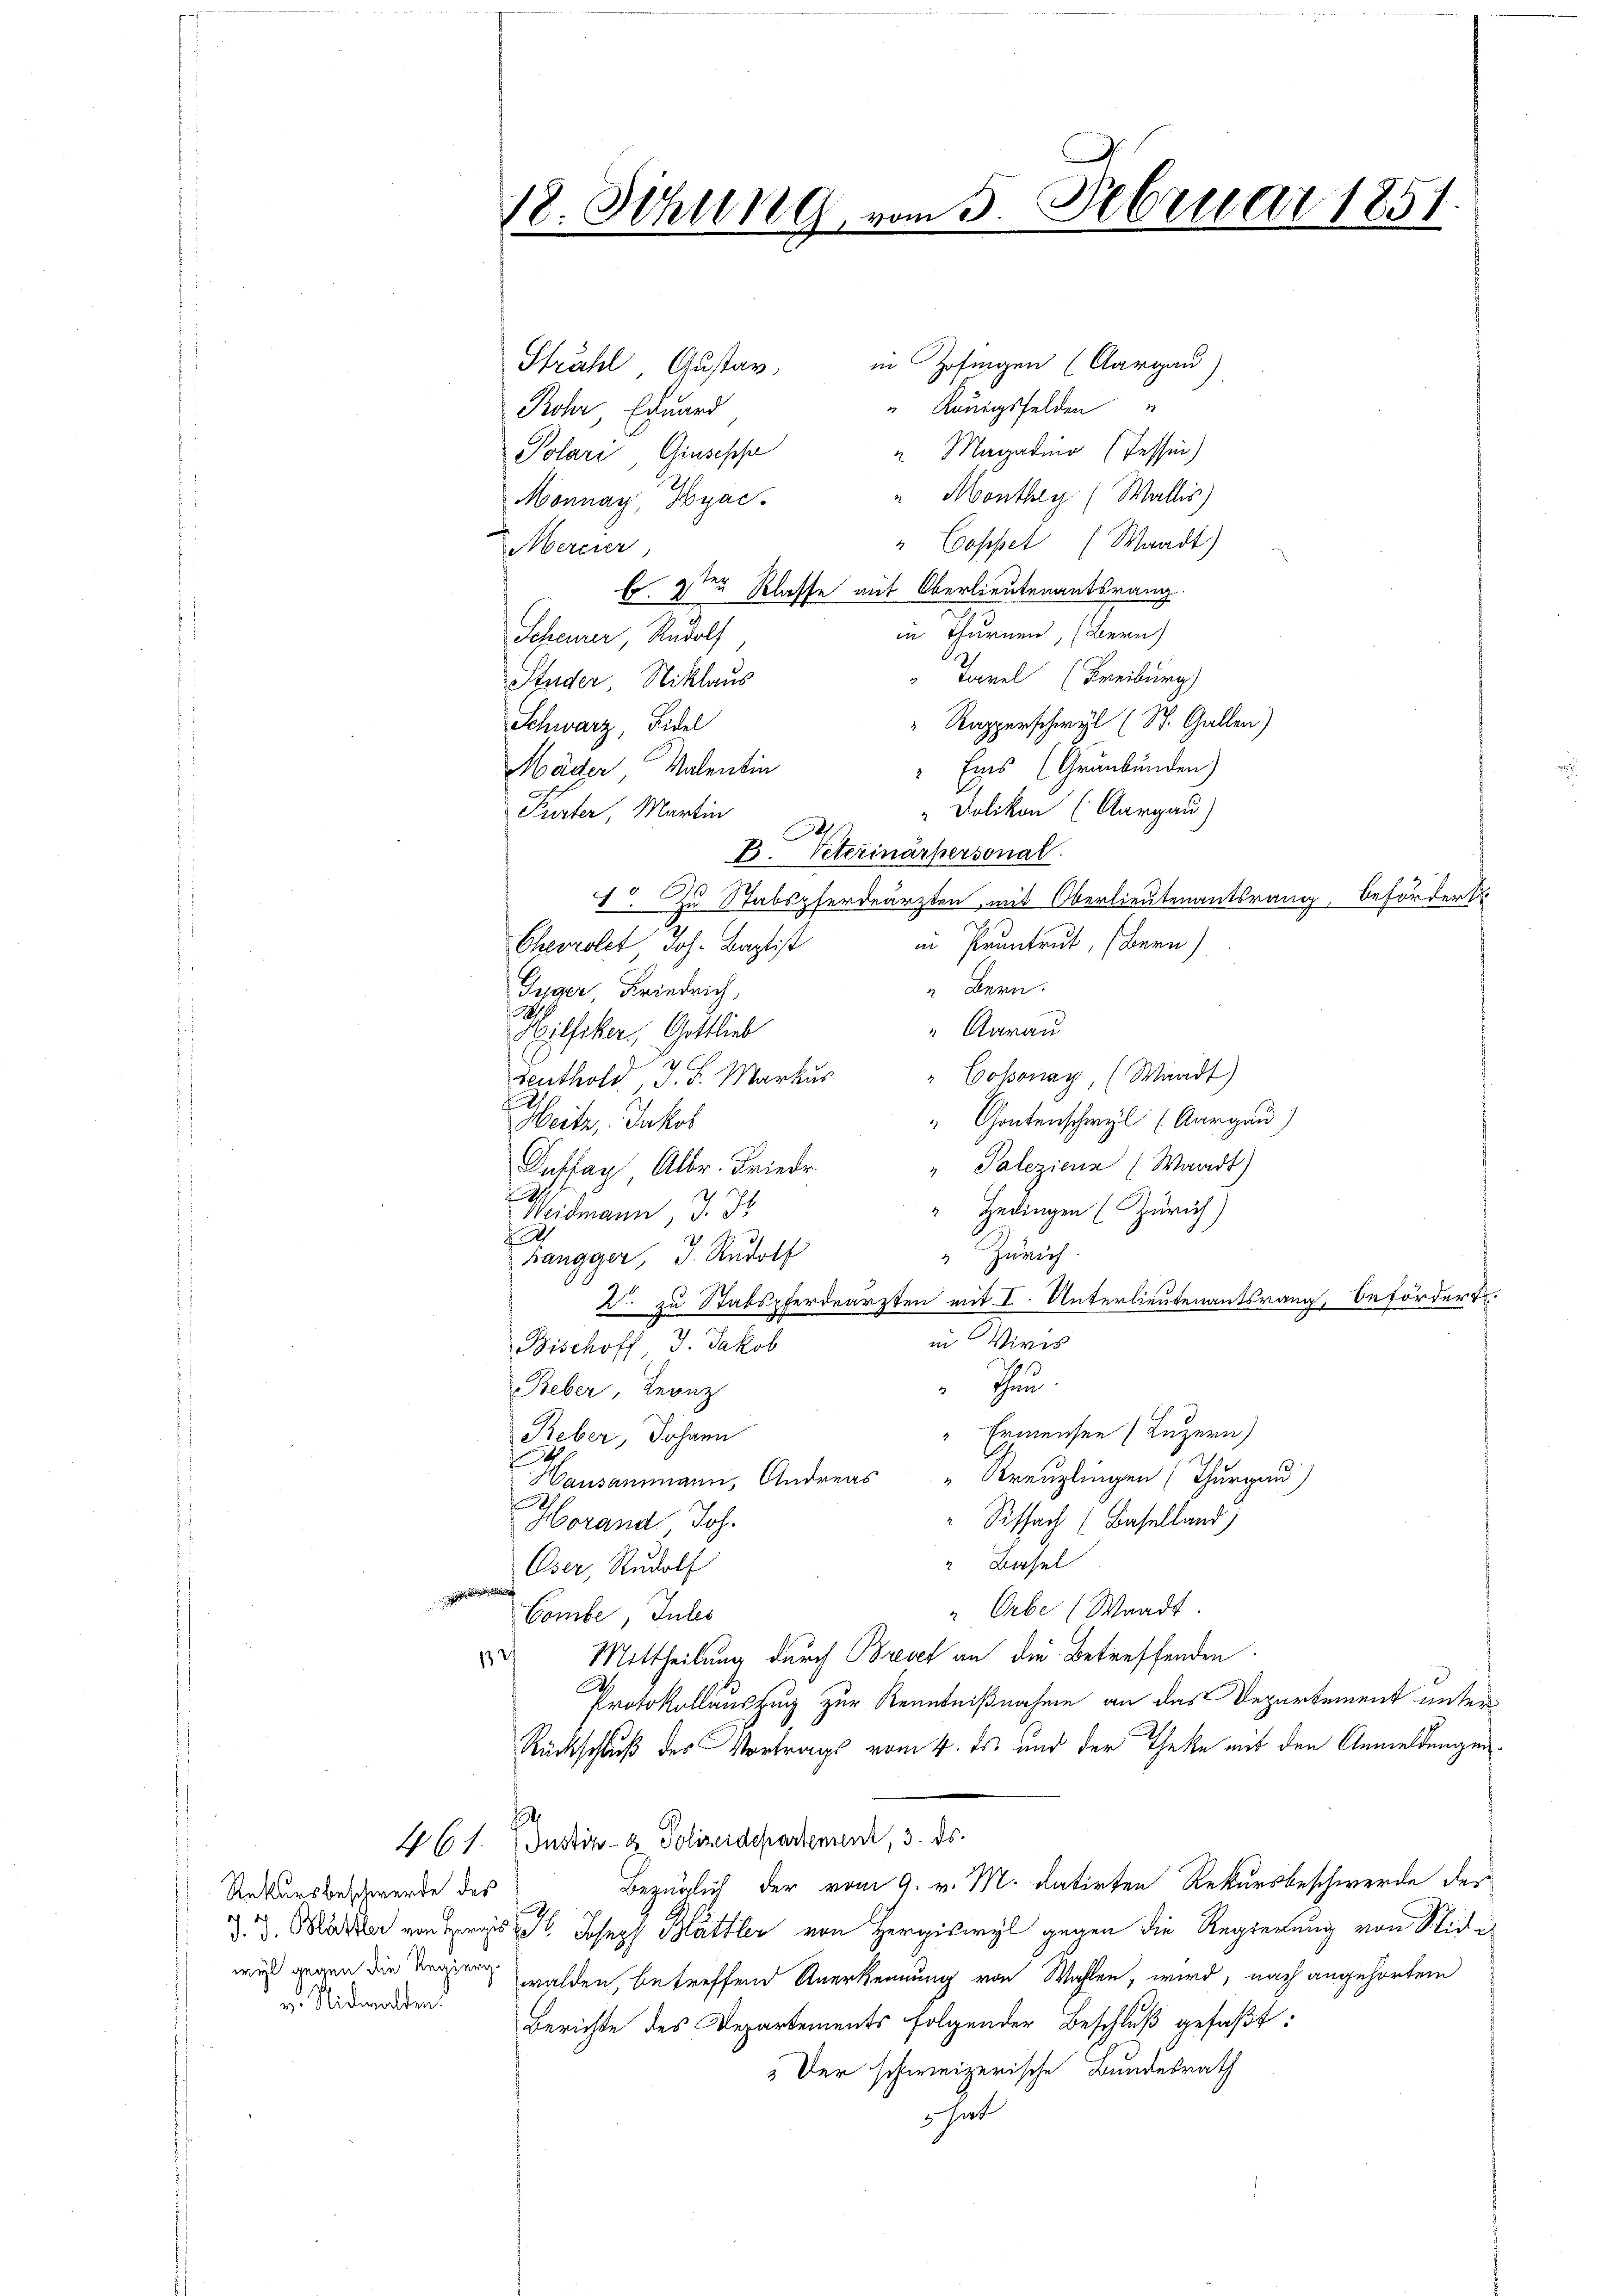
Rekursbeschwerde des
v. Nidwaldend

18. Sitzung vom 5. Februar 1851.
.

in Zofingen (Aargau)
Strahl Gustav,
" Königsfelden
Rohr, Eduard
" Magadino (Tessin)
Polari Giusepche
" Monthey (Wallis)
Monnay, Syac.
" Coppet (Waadt)
Mercier
Fr. 2ter Klasse mit Oberlieutenantsrang.
in thurnen, (Bern
Scheuner, Rudolf
Tavel (Freiburg)
Studer, Niklaus
Rapperschwyl (St. Gallen)
Schwarz, Fidel
" Eins (Grunbunden)
Häder Valentin
Dolikon (Aargau)
Purter, Martin
h.
E. Peterinärpersonal
1. Zu Stabspferdeärzten, mit Oberlieutenantsrang, beförders
in Pruntrut, (Bern)
Cheorolet Joh. Baptist
“ Bern.
Giger, Friedrich,
1
" Aarau
Hilfiker, Gottlieb

Seuthold, J. F. Markŭs " Cossonay, (Waadt)
d
" Gontenschwyl (Aargau)
Heite, Jakob
" Palezien (Waadt)
Kastag Alber. Friedr.
a
Hedingen (Zürich)
Weidmann, J. J.
2
f
" Zürich
hangger, J. Rudolf
2. zu Stabspferdearzten mit I. Unterlieutenantsrang, befördert.
in Viris
Bischoff J. Jakob
Thun
Beber, Leonz
Ermensen (Luzern)
Reber, Johann
4
Hausammann, Andreas " Kreuzlingen (Thurgau)
Sissach (Baselland)
Horand Joh.
 Basel
Oser, Rudolf

"Orbe (Waadt
Combe, Inles
Mittheilung durch Brevel an die Betreffenden.
1
.
Protokollauszug zur Kenntnißnahme an das Departement unter
Rückschluß des Vortrags vom 4. ds. und der Theke mit den Anmeldungen¬
.
461. Justiz- & Polizeidepartement, 3. ds.
Bezüglich der vom 9. v. M. datirten Rekursbeschwerde der
3. d. Möller von des Joseph Blättler von Hergiswyl gegen die Regierung von Stich in
wis genen die Regen walden, betreffend Anerkennung von Wahlen, wird, nach angehörtem
Berichte des Departements folgender Beschluß gefaßt:
 Der schweizerische Bundesrath
3 hat